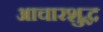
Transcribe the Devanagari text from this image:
आचारशुद्ध